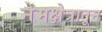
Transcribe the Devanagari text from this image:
नेमक्षेत्रातून